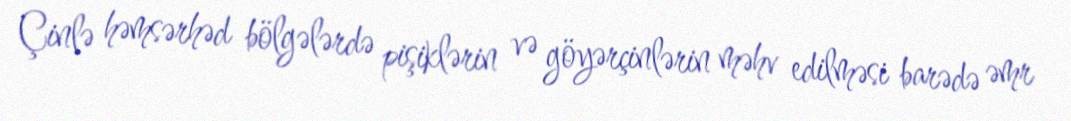
Çinlə həmsərhəd bölgələrdə pişiklərin və göyərçinlərin məhv edilməsi barədə əmr